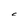
Character: C